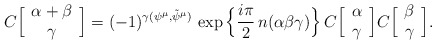
\begin{align*}C\Big[ \begin{array}{c}\alpha + \beta \cr \gamma \end{array} \Big] = (-1)^{ \gamma(\psi^{\mu},\tilde{\psi}^{\mu}) } \,\exp\Big\{ {i\pi \over 2 }\, n(\alpha \beta \gamma) \Big\} \, C\Big[ \begin{array}{c}\alpha \cr \gamma \end{array} \Big] C\Big[ \begin{array}{c} \beta \cr \gamma \end{array} \Big] .\end{align*}